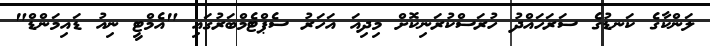
ލަންކާގެ ކަނޑުގެ ސަރަހައްދު ހުރަސްކުރަނިކޮށް މިދިއަ އަހަރު ސެޕްޓެމްބަރުގައި "އެމްޓީ ނިއު ޑަައިމަންޑް"